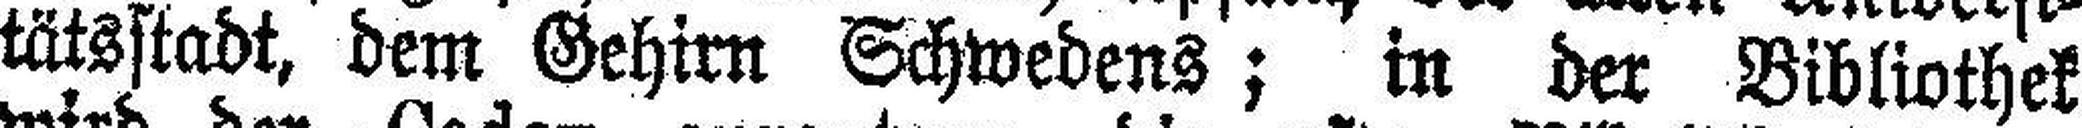
tätsstadt, dem Gehirn Schwedens; in der Bibliothek